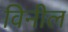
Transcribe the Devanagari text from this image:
विनील